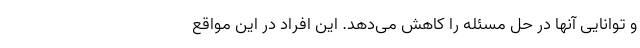
و توانایی آنها در حل مسئله را کاهش می‌دهد. این افراد در این مواقع